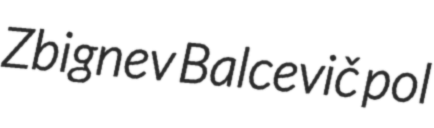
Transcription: Zbignev Balcevič pol